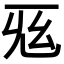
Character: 𢆺